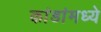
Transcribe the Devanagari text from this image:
कांडांमध्ये